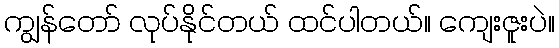
ကျွန်တော် လုပ်နိုင်တယ် ထင်ပါတယ်။ ကျေးဇူးပဲ။